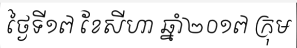
ថ្ងៃទី១៧ ខែសីហា ឆ្នាំ២០១៧ ក្រុម